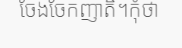
ចែងចែកញាតិ។កុំថា